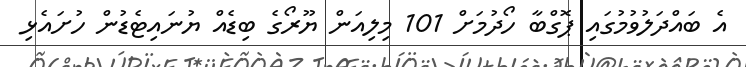
އެ ބައްދަލުވުމުގައި ޕޮގްބާ ހޯދުމަށް 101 މިލިއަން ޔޫރޯގެ ބިޑެއް ޔުނައިޓެޑުން ހުށައެޅި